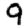
Digit: 9